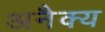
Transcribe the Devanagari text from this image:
अनैक्य